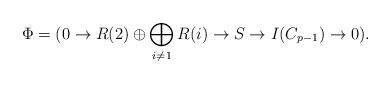
LaTeX: \begin{align*}\Phi=(0\rightarrow R(2)\oplus \bigoplus_{i \neq 1} R(i) \rightarrow S \rightarrow I(C_{p-1})\rightarrow 0).\end{align*}